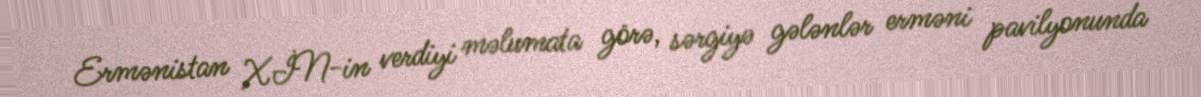
Ermənistan XİN-in verdiyi məlumata görə, sərgiyə gələnlər erməni pavilyonunda